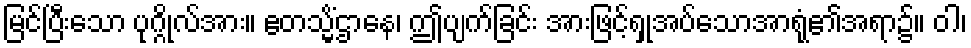
မြင်ပြီးသော ပုဂ္ဂိုလ်အား။ ဧတသ္မိံဌာနေ၊ ဤပျက်ခြင်း အားဖြင့်ရှုအပ်သောအာရုံ၏အရာ၌။ ဝါ၊